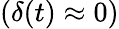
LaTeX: (\delta(t)\approx 0)